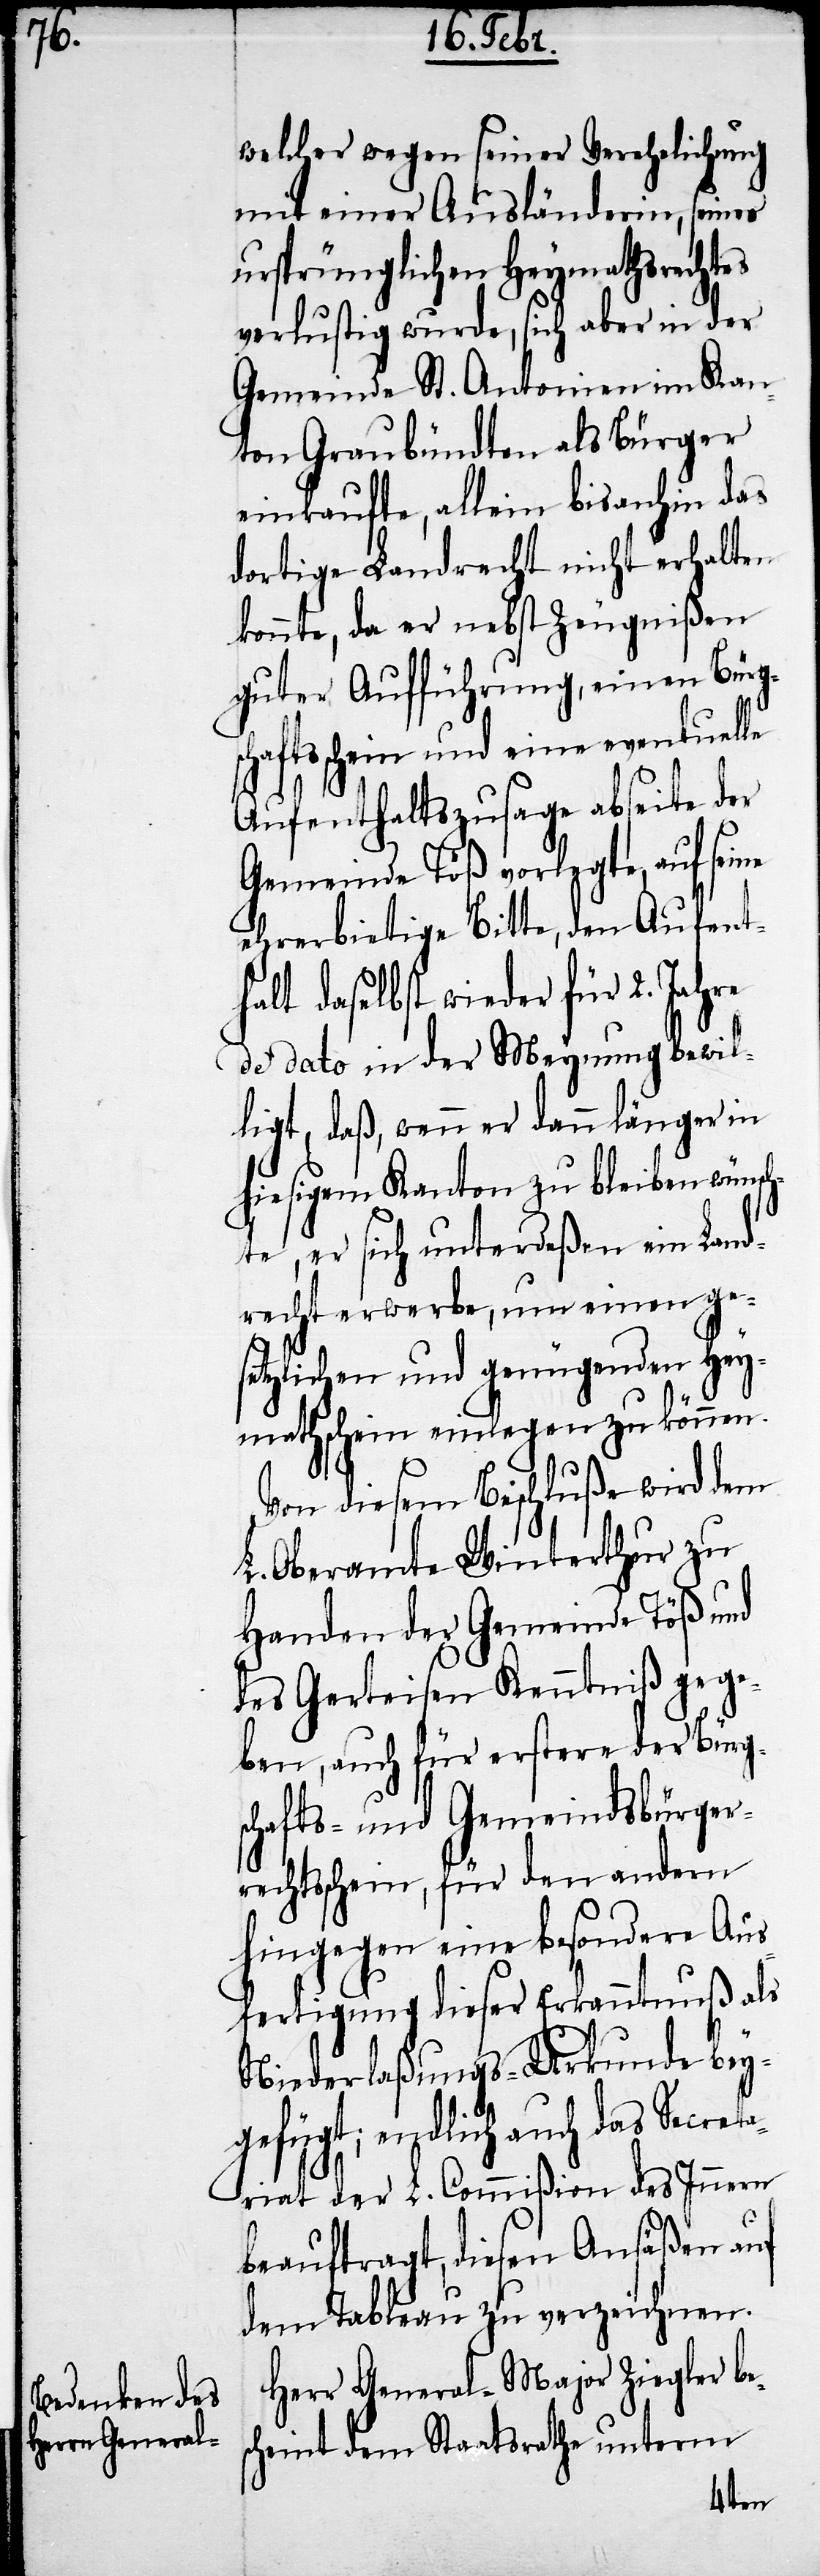
sc¬

Herr General-Major Ziegler be¬
heint dem Staatsrathe unterm